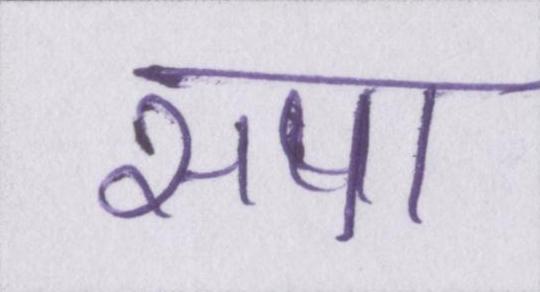
सपा